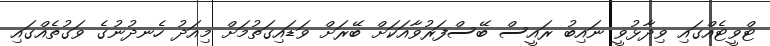
ޓްވީޓެއްގައި ވިދާޅުވީ ނައިބު ރައީސް ބޭސްފަރުވާއަކަށް ބޭރަށް ވަޑައިގަތުމަށް މިއަދު ހެނދުނުގެ ވަގުތެއްގައި